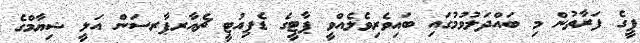
ޕީގެ ފަރާތުން މި ބައްދަލުވުމުގައި ބައިވެރިވެލެއްވީ ޕާޓީގެ ޑެޕިއުޓީ ޗެއާރޕާރސަން އަލީ ޝިޔާމްގެ